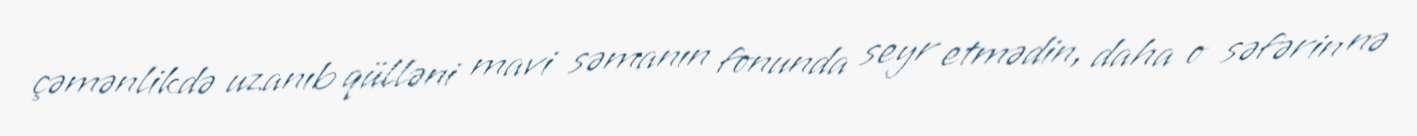
çəmənlikdə uzanıb qülləni mavi səmanın fonunda seyr etmədin, daha o səfərin nə